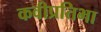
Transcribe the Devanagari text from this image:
कवीप्रतिभा